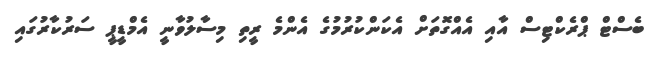
ބެސްޓް ޕްރެކްޓިސް އާއި އެއްގޮތަށް އެކަންކުރުމުގެ އެންމެ ރީތި މިސާލުވާނީ އެމްޑީޕީ ސަރުކާރުގައި